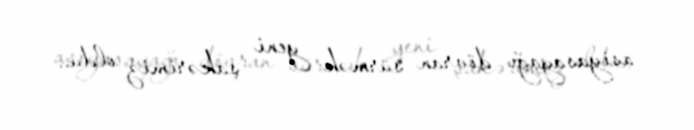
asiyasayağı dövran sürmək yeni şakərimiz oldu..